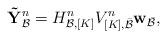
LaTeX: \begin{align*}{\bf \tilde{Y}}_{\cal B}^n = H_{{\cal B},[K]}^n V_{[K],\bar{\cal B}}^n {\bf w}_{\bar{\cal B}},\end{align*}